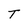
Character: T